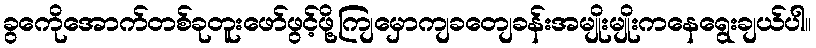
ခွကေိုအောက်တစ်ခုတူးဖော်ဖွင့်ဖို့ကျြမှောကျခတျေခန်းအမျိုးမျိုးကနေရွေးချယ်ပါ။